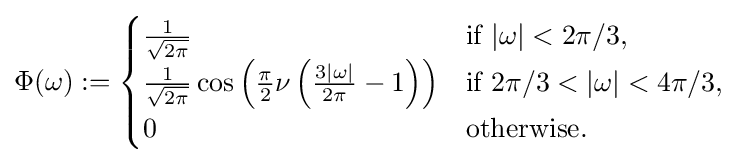
\Phi (\omega ):={\begin{cases}{\frac {1}{\sqrt {2\pi }}}&{\text{if }}|\omega |<2\pi /3,\\{\frac {1}{\sqrt {2\pi }}}\cos \left({\frac {\pi }{2}}\nu \left({\frac {3|\omega |}{2\pi }}-1\right)\right)&{\text{if }}2\pi /3<|\omega |<4\pi /3,\\0&{\text{otherwise}}.\end{cases}}